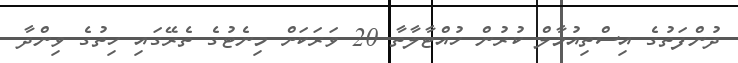
ދުންފަތުގެ އިސްތިއުމާލް ކުރުން ހުއްޓާލާތާ 20 ވަރަކަށް މިނެޓުގެ ތެރޭގައި ހިތުގެ ވިންދާ